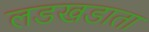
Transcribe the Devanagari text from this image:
लडखडाता